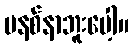
မနစ်နာဘူးပေါ့။